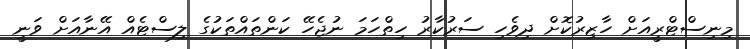
މިނިސްޓްރީއަށް ހާޒިރުކޮށް ދިވެހި ސަރުކާރު ހިތްހަމަ ނުޖެހޭ ކަންތައްތަކުގެ ލިސްޓެއް އޭނާއަށް ވަނީ